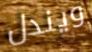
ويندل